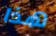
هذا